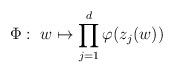
LaTeX: \begin{align*}\Phi: \ w \mapsto {\prod_{j=1}^d \varphi(z_j(w))}\end{align*}